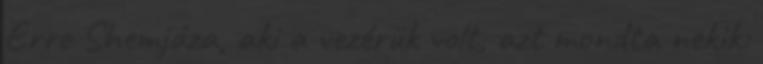
Erre Shemjáza, aki a vezérük volt, azt mondta nekik: